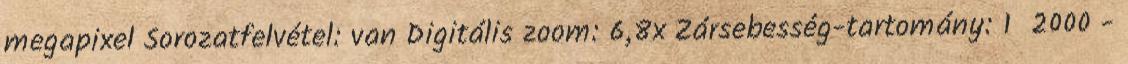
megapixel Sorozatfelvétel: van Digitális zoom: 6,8x Zársebesség-tartomány: 1 2000 -